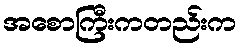
အစောကြီးကတည်းက